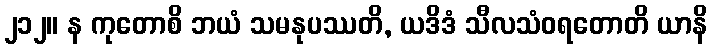
၂၁၂။ န ကုတောစိ ဘယံ သမနုပဿတိ, ယဒိဒံ သီလသံဝရတောတိ ယာနိ